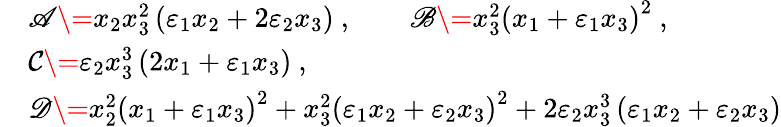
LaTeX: \begin{array}{rl}&{\mathscr{A}\= x_{2}x_{3}^{2}\left(\varepsilon_{1}x_{2}+2\varepsilon_{2}x_{3}\right)\ ,\qquad\mathscr{B}\= x_{3}^{2}\left(x_{1}+\varepsilon_{1}x_{3}\right)^{2}\ ,}\\ &{\mathcal{C}\= \varepsilon_{2}x_{3}^{3}\left(2x_{1}+\varepsilon_{1}x_{3}\right)\ ,}\\ &{\mathscr{D}\= x_{2}^{2}\left(x_{1}+\varepsilon_{1}x_{3}\right)^{2}+x_{3}^{2}\left(\varepsilon_{1}x_{2}+\varepsilon_{2}x_{3}\right)^{2}+2\varepsilon_{2}x_{3}^{3}\left(\varepsilon_{1}x_{2}+\varepsilon_{2}x_{3}\right)}\end{array}